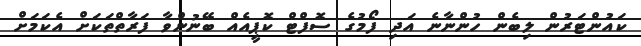
ކައުންޓަރުން ލިބެން ހުންނާނެ އަދި ފޯމުގެ ސޮފްޓް ކޮޕީއެއް ބޭނުންވާ ފަރާތްތަކަށް އެކަމަށް